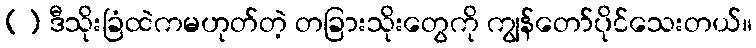
() ဒီသိုးခြံထဲကမဟုတ်တဲ့ တခြားသိုးတွေကို ကျွန်တော်ပိုင်သေးတယ်။